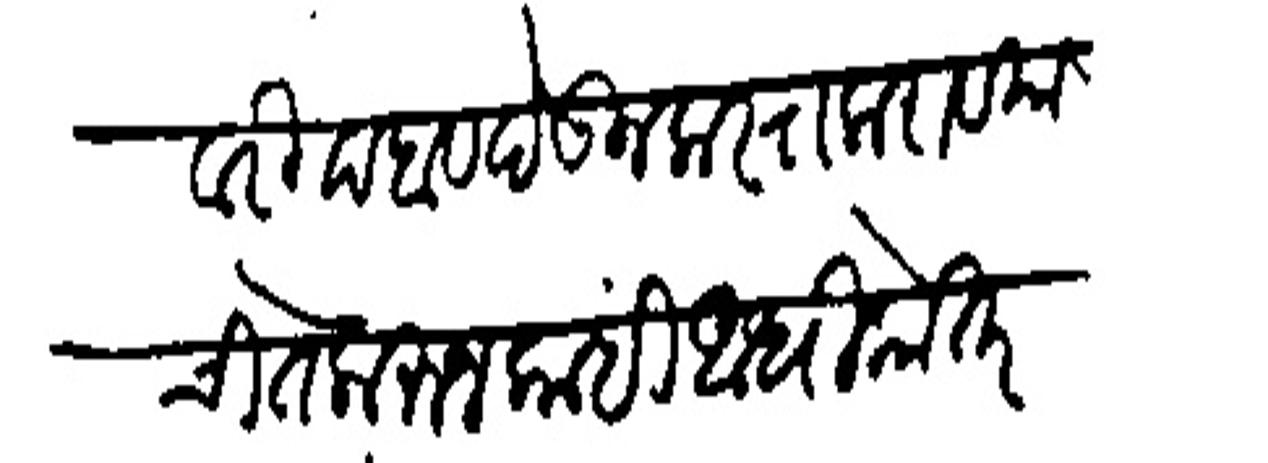
Transliteration (Devanagari): जेयवरी दबाव देऊन कस्त करावयाची ते करुन कांही आधिकोतर